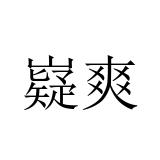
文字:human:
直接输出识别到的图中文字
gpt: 嶷爽